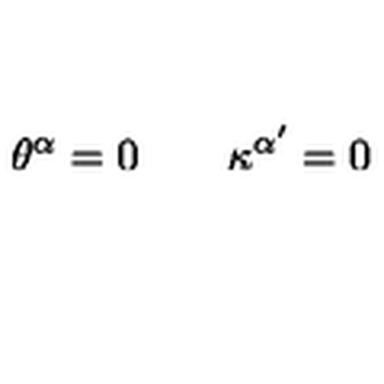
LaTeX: \theta ^ { \alpha } = 0 \qquad \kappa ^ { \alpha ^ { \prime } } = 0